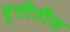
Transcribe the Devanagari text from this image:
वृत्तीतील